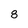
Character: 8